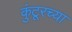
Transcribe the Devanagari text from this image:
कुंटूरच्या